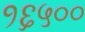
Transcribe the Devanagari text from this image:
१६५००